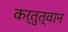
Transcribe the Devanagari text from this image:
कर्तुत्वान